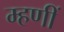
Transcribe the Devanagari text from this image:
म्हणीं